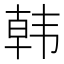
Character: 韩